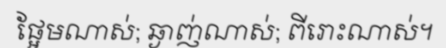
ផ្អែមណាស់; ឆ្ងាញ់ណាស់; ពីរោះណាស់។